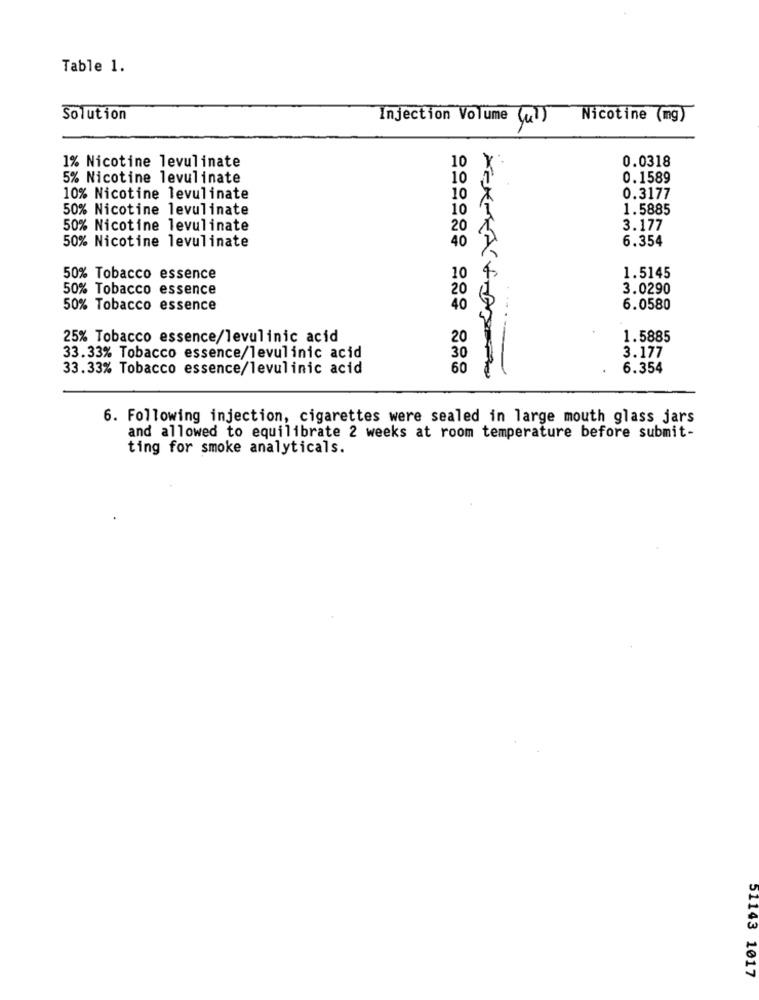
Table 1.
Solution
Nicotine (mg)
Injection Volume (41)
1% Nicotine levulinate
0.0318
5% Nicotine levulinate
0.1589
10% Nicotine levulinate
0.3177
50% Nicotine levulinate
1.5885
50% Nicotine levulinate
3.177
50% Nicotine levulinate
6.354
50% Tobacco essence
1.5145
50% Tobacco essence
3.0290
50% Tobacco essence
6.0580
25% Tobacco essence/levulinic acid
20
1.5885
33.33% Tobacco essence/levulinic acid
3.177
33.33% Tobacco essence/levulinic acid
6.354
6. Following injection, cigarettes were sealed in large mouth glass jars
and allowed to equilibrate 2 weeks at room temperature before submit-
ting for smoke analyticals.
51143 1017